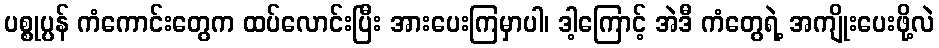
ပစ္စုပ္ပန် ကံကောင်းတွေက ထပ်လောင်းပြီး အားပေးကြမှာပါ၊ ဒါ့ကြောင့် အဲဒီ ကံတွေရဲ့ အကျိုးပေးဖို့လဲ